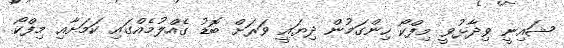
ޝައިނީ ވިދާޅުވީ މިފްކޯ ހިންގަމުން ދިޔައީ ވަރަށް ބޮޑު ގެއްލުމެއްގައި ކަމަށާއި މިފްކޯ